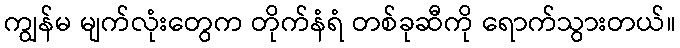
ကျွန်မ မျက်လုံးတွေက တိုက်နံရံ တစ်ခုဆီကို ရောက်သွားတယ်။